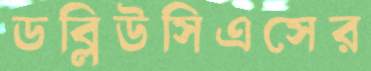
ডব্লিউসিএসের